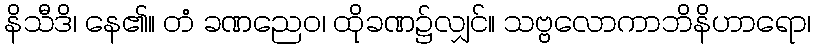
နိသီဒိ၊ နေ၏။ တံ ခဏညေဝ၊ ထိုခဏ၌လျှင်။ သဗ္ဗလောကာဘိနိဟာရော၊